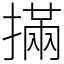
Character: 㨺